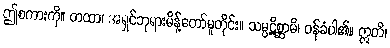
ဤစကားကို။ တထာ၊ အရှင်ဘုရားမိန့်တော်မူတိုင်း။ သမ္ပဋိစ္ဆာမိ၊ ဝန်ခံပါ၏။ ဣတိ၊